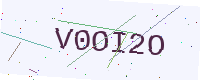
Text: V0OI2O